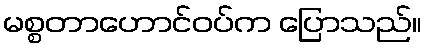
မစ္စတာဟောင်ဝပ်က ပြောသည်။